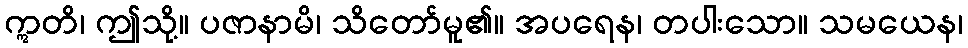
ဣတိ၊ ဤသို့။ ပဇာနာမိ၊ သိတော်မူ၏။ အပရေန၊ တပါးသော။ သမယေန၊